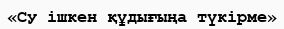
«Су ішкен құдығыңа түкірме»